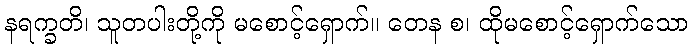
နရက္ခတိ၊ သူတပါးတို့ကို မစောင့်ရှောက်။ တေန စ၊ ထိုမစောင့်ရှောက်သော